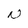
Character: N